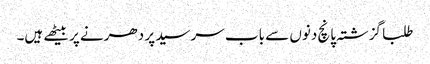
طلبا گزشتہ پانچ دنوں سے باب سرسید پر دھرنے پر بیٹھے ہیں۔